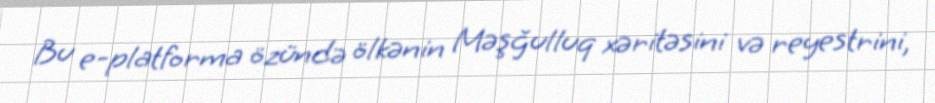
Bu e-platforma özündə ölkənin Məşğulluq xəritəsini və reyestrini,